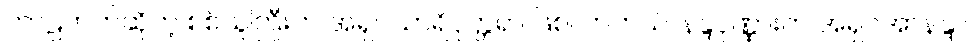
ကာဠဟတ်ဆိုတဲ့ စစ်သူကြီးက အရှင်သာရိပုတ္တရာ ဖြစ်လာတယ်၊ နန္ဒပုဏ္ဏားက အရှင်အာနန္ဒာ